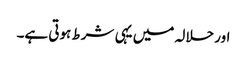
اور حلالہ میں یہی شرط ہوتی ہے۔